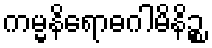
ကမ္မနိရောဓဂါမိနိဉ္စ